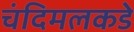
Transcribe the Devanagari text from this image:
चंदिमलकडे